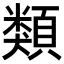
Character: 類